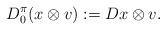
LaTeX: \begin{align*}D_0^{\pi} (x \otimes v) := Dx \otimes v.\end{align*}